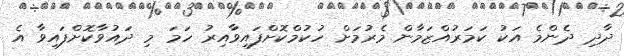
ދާދި ދެންމެ އަކު ކަމަރުއްޒަމާން މެރުމަށް ހުކުމްކޮށްފައިވާއިރު ހަމަ މި ދައުވާކޮށްފައިވާ އެ